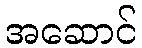
အဆောင်